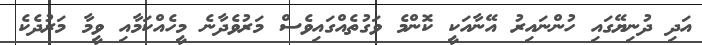
އަދި ދުނިޔޭގައި ހުންނައިރު އޭނާއަކީ ކޮންމެ ވަގުތެއްގައިވެސް މަރުވެދާނެ މީހެއްކަމާއި ވީމާ މަރުދެކެ